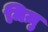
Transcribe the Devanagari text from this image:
मिज़ु